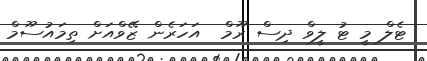
ޓެލް މީ ޓު ލީވް ދިސް ރޫމް  އަހަރެން ޒޭވްއަށް ތިމައުސޫމް